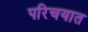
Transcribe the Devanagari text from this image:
परिचयात